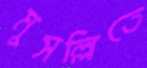
মুসল্লিতে